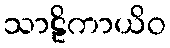
သာဠိကာယိဝ